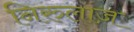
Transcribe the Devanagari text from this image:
निरुलाज़